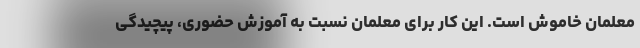
معلمان خاموش است. این کار برای معلمان نسبت به آموزش حضوری، پیچیدگی